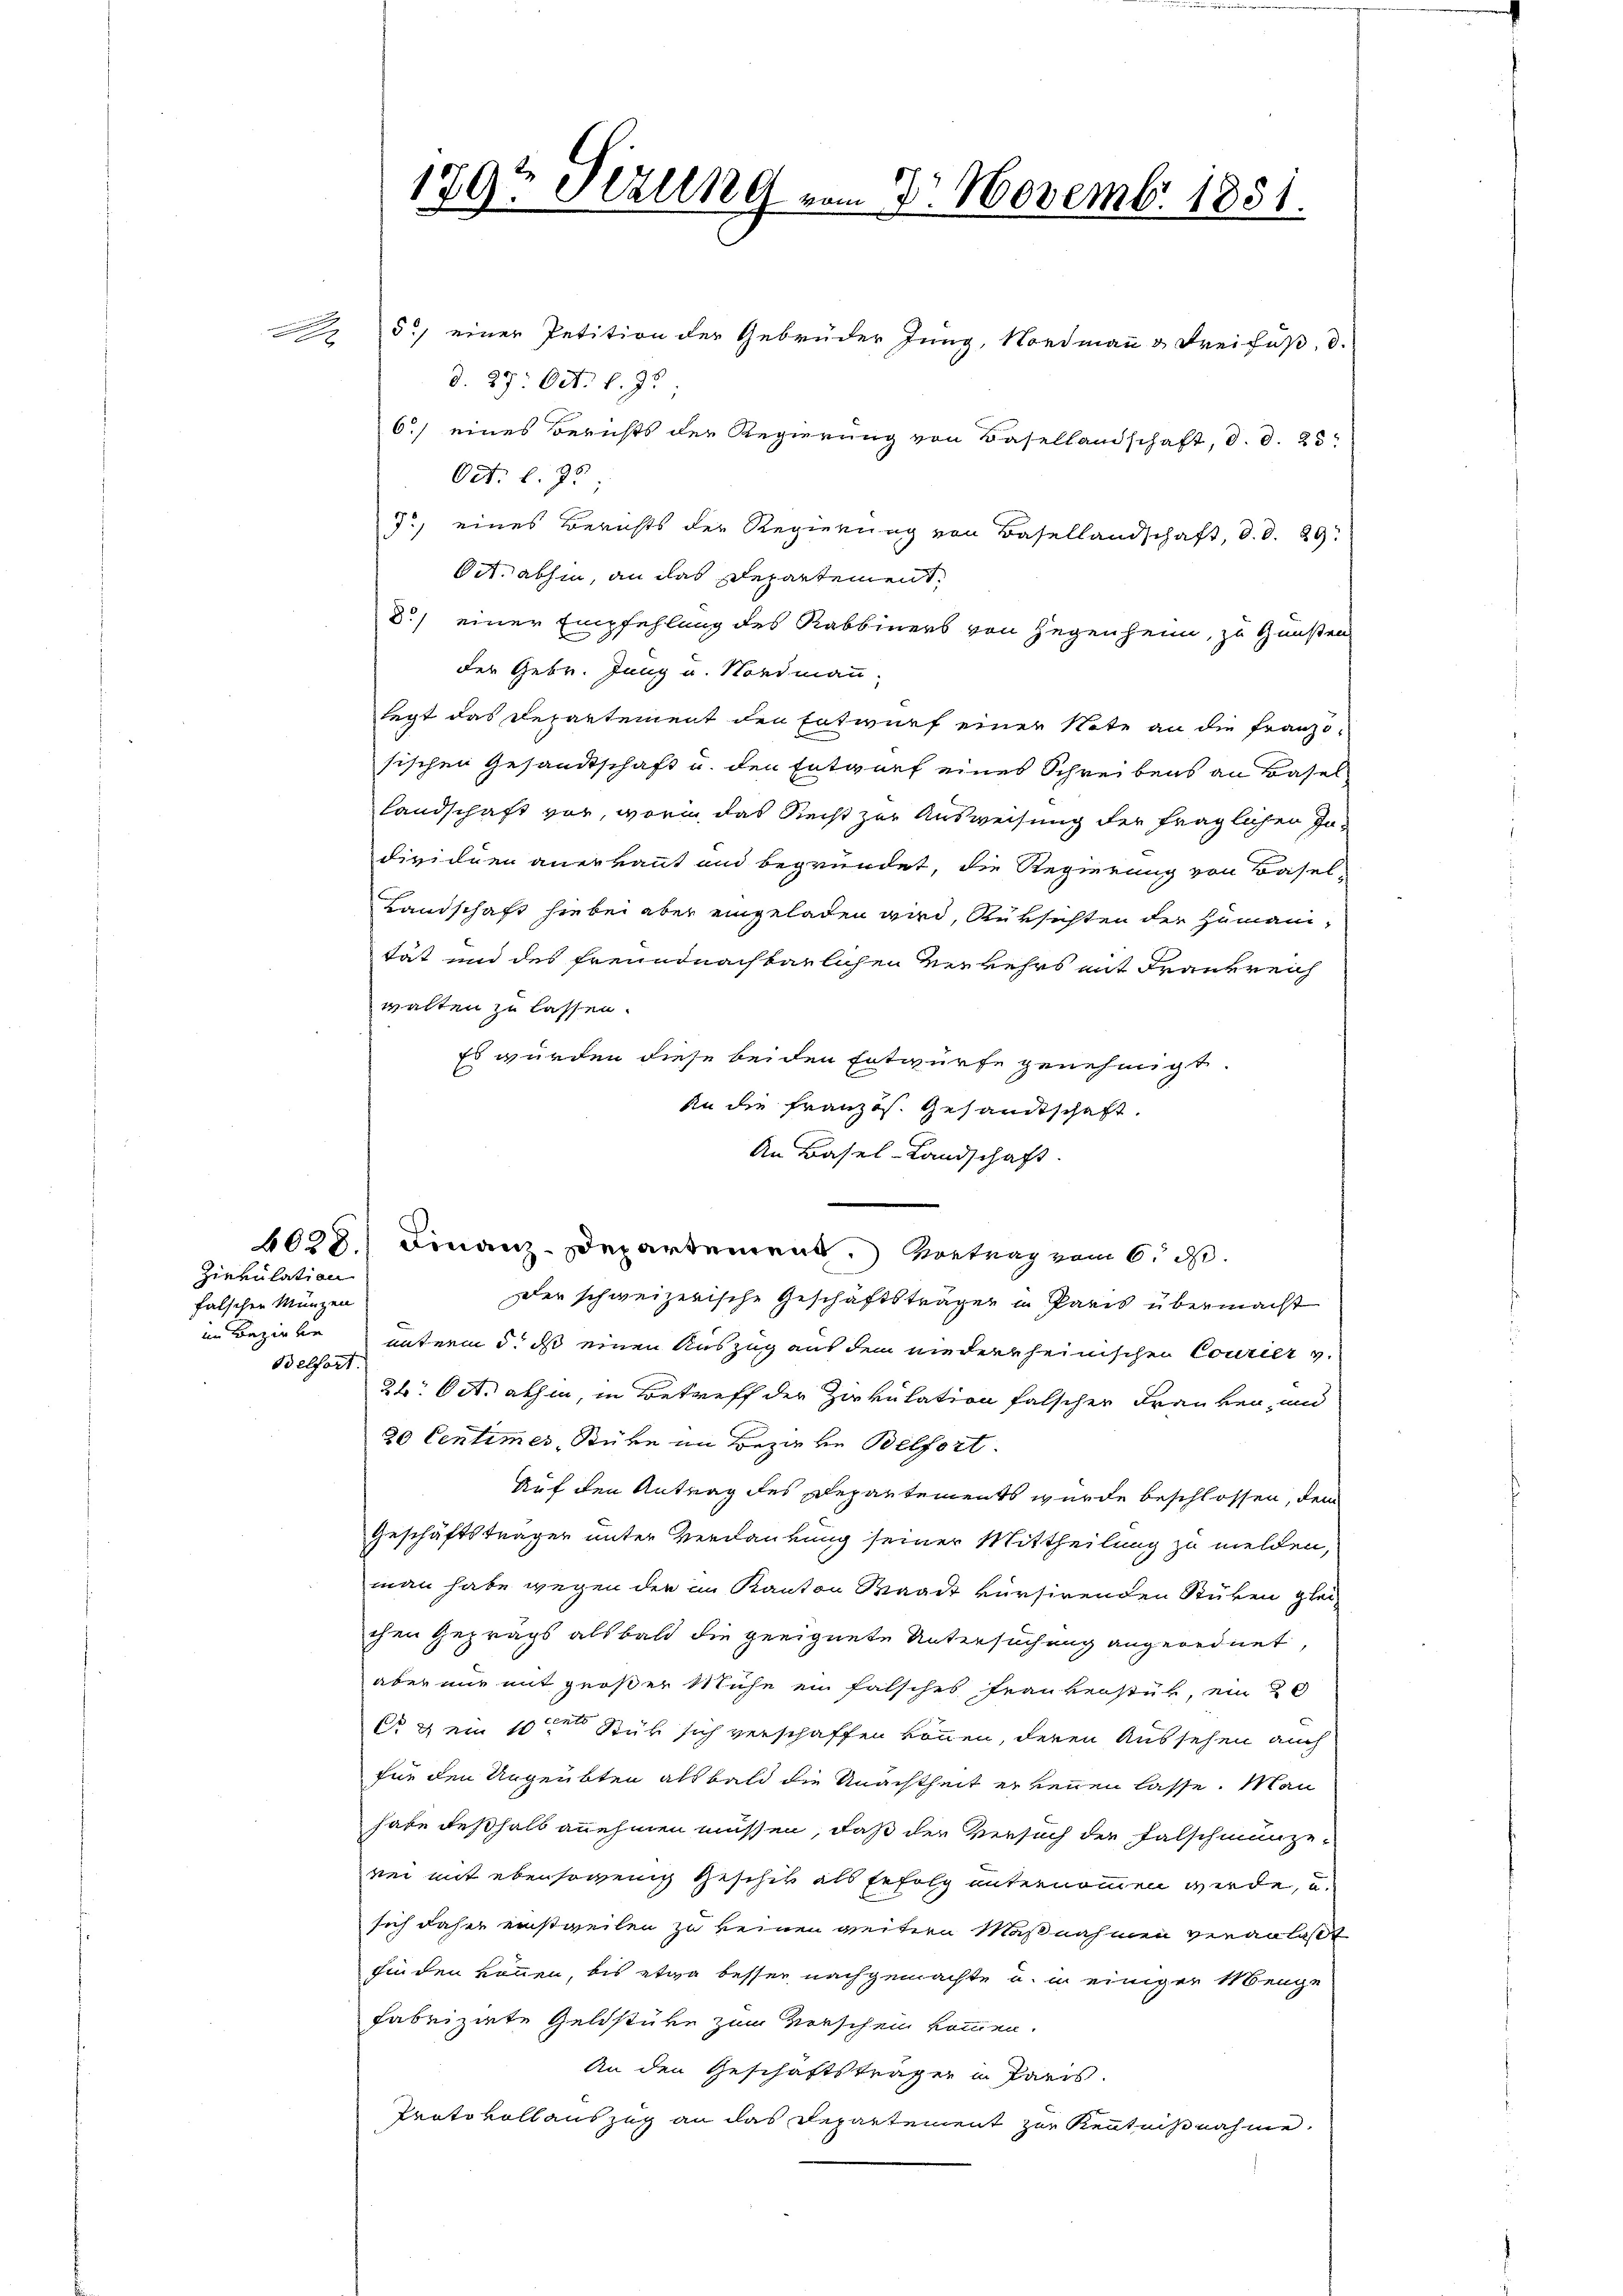
Zirkulation
falschen Münzen

179 Sizung vom 20. Novemb. 1851.

5.) einer Petition der Gebrüder Jung, Nordmann & Freifuß, d.
d. 29. Oct. l. J.
6.) eines Berichts der Regierung von Basellandschaft, d. d. 25:
Oct. l. 95
J.) eines Berichts der Regierung von Basellandschaft, d. d. 29.
Oct. abhin, an das Departement.
d.) einer Empfehlung des Rabbiners von Gegenheim, zu Gunsten
der Gebr. Jung u. Nordmann,
legt das Departement den Entwurf einer Note an die Franzo-
sischen Gesandtschaft u. den Entwurf eines Schreibens an Basel
landschaft vor, worin das Recht zur Ausweisung der fraglichen In-
dividuen anerkannt und begründet, die Regierung von Basel-
Landschaft hiebei aber eingeladen wird, Rüksichten der Humani-
tät und des freundnachbarlichen Verkehrs mit Frankreich
walten zu lassen.
Es wurden diese beiden Entwurfe genehmigt.
An die Französ. Gesandtschaft.
An Basel-Landschaft.
6028.) Finanz-Departement. Vortrag vom 6. ds.
der schweizerische Geschäftsträger in Paris übermacht
im Bezirke unterm 5. ds einen Auszug aus dem niederrheinischen Courier v.
Belfort.
2. Oct. abhin, in Betreff der Zirkulation falscher Franken, und
20 Centimer, Stüke in Bezirke Belfort.
Auf den Antrag des Departements wurde beschlossen, dem
Geschäftsträger unter Verdankung seiner Mittheilung zu melden,
man habe wegen der im Kanton Waadt kursirenden Stüken glei
chen Geprägs alsbald die geeignete Untersuchung angeordnet,
aber nur mit großer Mühe ein falsches Frankenstür, ein 20
C u ein 10ten Stük sich verschaffen können, deren Aussehen auch
für den Ungeübten als bald die Unachtheit erkennen lasse. Man
habe deßhalb annehmen müssen, daß der Versuch der Falschmünze
rei mit ebensowenig Geschick als Erfolg unternommen werde, u.
sich daher einstweilen zu keinen weitern Maßnahmen veranlaßt
finden können, bis etwa besser nachgemachte u. in einiger Menge
fabrizirte Geldstüke zum Vorschein kommen.
An den Geschäftsträger in Paris.
Protokollauszug an das Departement zur Kenntnißnahme.